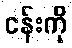
ငန်းကို